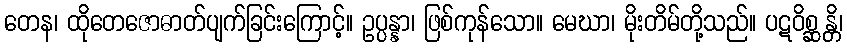
တေန၊ ထိုတေဇောဓာတ်ပျက်ခြင်းကြောင့်။ ဥပ္ပန္နာ၊ ဖြစ်ကုန်သော။ မေဃာ၊ မိုးတိမ်တို့သည်။ ပဋဝိစ္ဆန္တိ၊